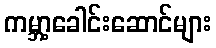
ကမ္ဘာ့ခေါင်းဆောင်များ